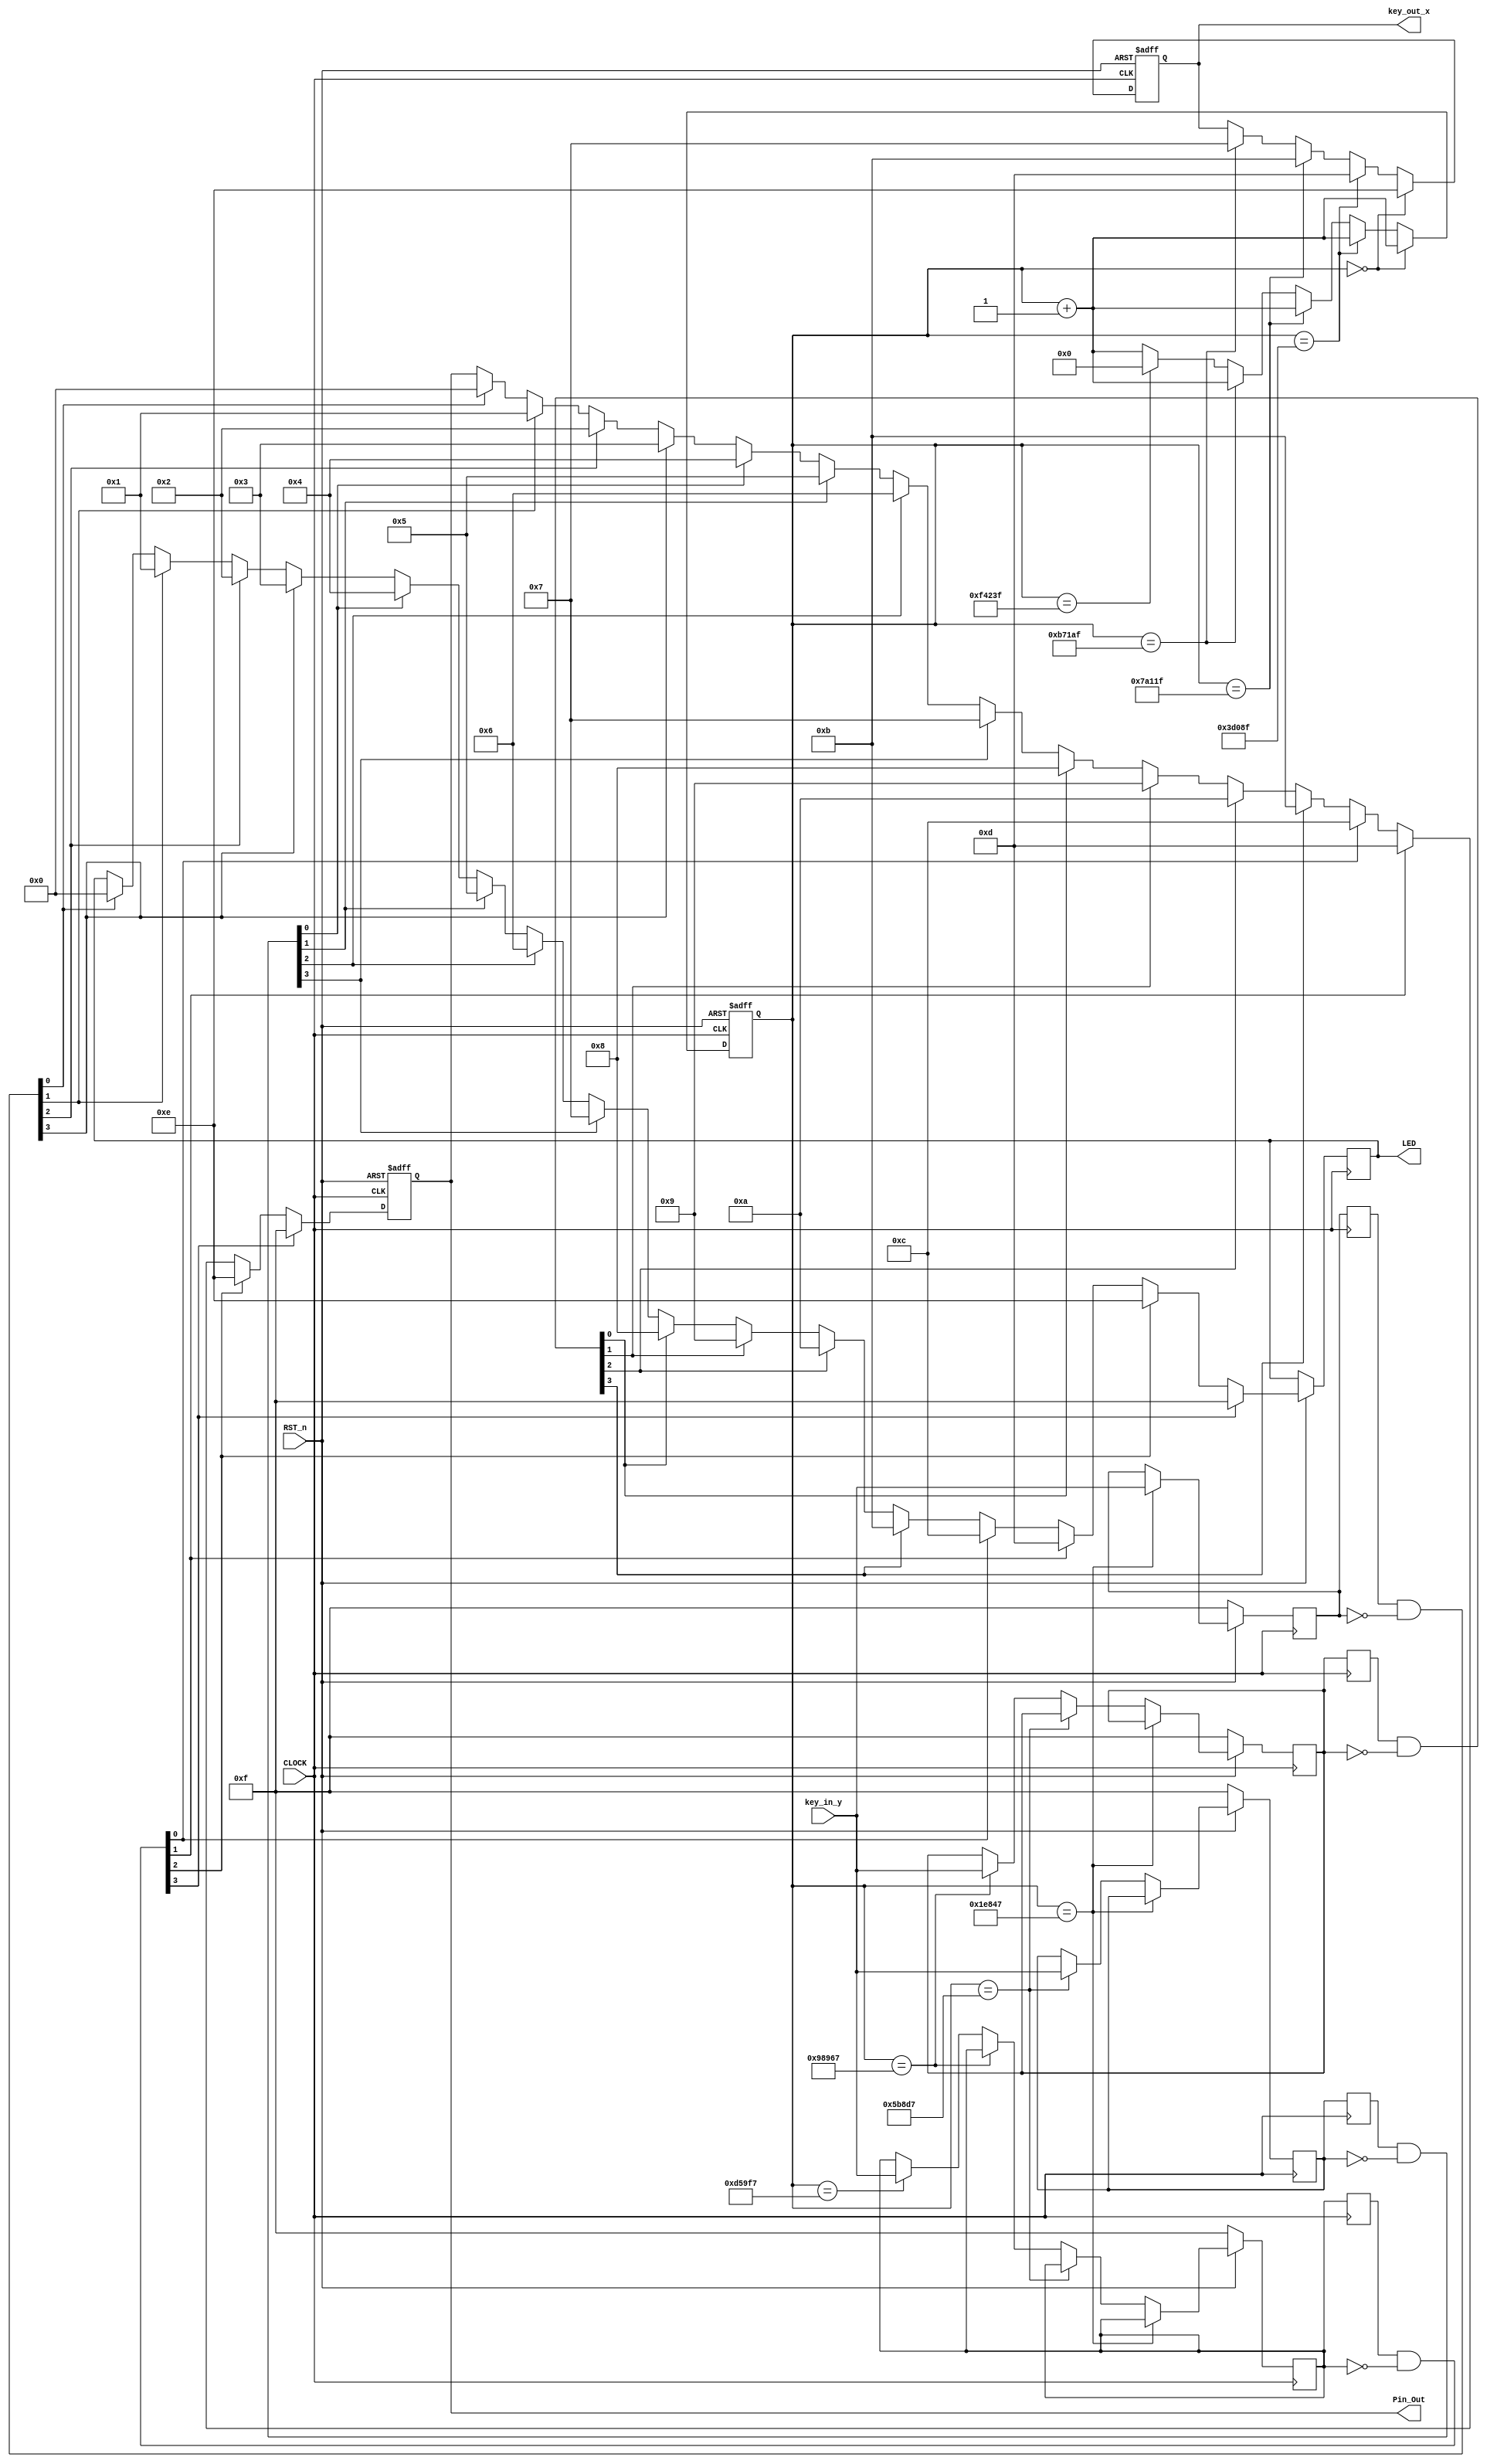
//****************************************************************************//
//# @Author: 
//# @Date:   2019-06-09 03:52:48
//# @Last Modified by:   zlk
//# @WeChat Official Account: OpenFPGA
//# @Last Modified time: 2019-08-26 22:06:43
//# Description: 
//# @Modification History: 2019-06-10 19:40:30
//# Date			    By			   Version			   Change Description: 
//# ========================================================================= #
//# 2019-06-10 19:40:30
//# ========================================================================= #
//# |                                          								| #
//# |                                OpenFPGA     							| #
//****************************************************************************//
`timescale 1ns / 1ps
module key4x4funcmod_module 
(
   CLOCK, 
	RST_n,            // 
	key_in_y,         // (KEY0~KEY3)
	key_out_x,        // (KEY4~KEY7)	
   LED,	
	Pin_Out           // LED,16LED(LED1~LED16)
	
);

//========================================================
// PORT declarations
//========================================================						
input        CLOCK; 
input        RST_n;
input  [3:0] key_in_y;
output reg [3:0] key_out_x;
output [3:0] Pin_Out;
output reg[3:0] LED;

//
reg [19:0] count;

//==============================================
// 20ms,
//==============================================
always @(posedge CLOCK or negedge RST_n)     //
begin
   if(!RST_n) begin               //
      count <= 20'd0;        //0
      key_out_x <= 4'b1111;  
   end		
   else begin
	       if(count == 20'd0)           //0ms
            begin
               key_out_x <= 4'b1110;   //,0
					count <= count + 20'b1; //1
            end
         else if(count == 20'd249_999) //5ms,5ms(50M/200-1=249_999)
            begin
               key_out_x <= 4'b1101;   //,0
					count <= count + 20'b1; //1
            end				
			else if(count ==20'd499_999)   //10ms,10ms(50M/100-1=499_999)
            begin
               key_out_x <= 4'b1011;   //,0
					count <= count + 20'b1; //1
            end	
			else if(count ==20'd749_999)   //15ms,15ms(50M/67.7-1=749_999)
            begin
               key_out_x <= 4'b0111;   //,0
					count <= count + 20'b1; //1
            end				
         else if(count ==20'd999_999)  //20ms(50M/50-1=999_999)
			   begin
               count <= 0;             //0
            end	
	      else
				count <= count + 20'b1;    //1
			
     end
end
//====================================================
// 
//====================================================
reg [3:0] key_h1_scan;    //KEY
reg [3:0] key_h1_scan_r;  //KEY
reg [3:0] key_h2_scan;    //KEY
reg [3:0] key_h2_scan_r;  //KEY
reg [3:0] key_h3_scan;    //KEY
reg [3:0] key_h3_scan_r;  //KEY
reg [3:0] key_h4_scan;    //KEY
reg [3:0] key_h4_scan_r;  //KEY
always @(posedge CLOCK)
	begin
		if(!RST_n) begin               //
			key_h1_scan <= 4'b1111;     
			key_h2_scan <= 4'b1111;          
			key_h3_scan <= 4'b1111;          
			key_h4_scan <= 4'b1111;        
		end		
		else begin
		  if(count == 20'd124_999)           //2.5ms
			   key_h1_scan<=key_in_y;         //
		  else if(count == 20'd374_999)      //7.5ms
			   key_h2_scan<=key_in_y;         //
		  else if(count == 20'd624_999)      //12.5ms
			   key_h3_scan<=key_in_y;         //
		  else if(count == 20'd874_999)      //17.5ms
			   key_h4_scan<=key_in_y;         // 
		end
end

//====================================================
// 
//====================================================
always @(posedge CLOCK)
   begin
		 key_h1_scan_r <= key_h1_scan;   	
		 key_h2_scan_r <= key_h2_scan; 
		 key_h3_scan_r <= key_h3_scan; 
		 key_h4_scan_r <= key_h4_scan;  
	end 
   
wire [3:0] flag_h1_key = key_h1_scan_r[3:0] & (~key_h1_scan[3:0]);  // 
wire [3:0] flag_h2_key = key_h2_scan_r[3:0] & (~key_h2_scan[3:0]);  // 
wire [3:0] flag_h3_key = key_h3_scan_r[3:0] & (~key_h3_scan[3:0]);  // 
wire [3:0] flag_h4_key = key_h4_scan_r[3:0] & (~key_h4_scan[3:0]);  // 
//=====================================================
// 
//=====================================================
reg [3:0] rPin_Out;
always @ (posedge CLOCK or negedge RST_n)      //
begin
    if (!RST_n)                 //
         rPin_Out <= 4'd0;     //
    else
         begin            
             if ( flag_h1_key[0] ) begin LED<=4'b0000;rPin_Out <= 4'd0;  end  //KEY1LED1
             if ( flag_h1_key[1] ) begin LED<=4'b0001;rPin_Out <= 4'd1; end   //KEY2LED2
             if ( flag_h1_key[2] ) begin LED<=4'b0010;rPin_Out <= 4'd2;  end  //KEY3LED3
             if ( flag_h1_key[3] ) begin LED<=4'b0011;rPin_Out <= 4'd3;  end  //KEY4LED4
			 
			 if ( flag_h2_key[0] ) begin LED<=4'b0100;rPin_Out <= 4'd4; end   //KEY5LED5
             if ( flag_h2_key[1] ) begin LED<=4'b0101;rPin_Out <= 4'd5;  end  //KEY6LED6
             if ( flag_h2_key[2] ) begin LED<=4'b0110;rPin_Out <= 4'd6;  end  //KEY7LED7
             if ( flag_h2_key[3] ) begin LED<=4'b0111;rPin_Out <= 4'd7;  end  //KEY8LED8
			 
			 if ( flag_h3_key[0] ) begin LED<=4'b1000;rPin_Out <= 4'd8;  end  //KEY9LED9
             if ( flag_h3_key[1] ) begin LED<=4'b1001; rPin_Out <= 4'd9;  end  //KEY10LED10
             if ( flag_h3_key[2] ) begin LED<=4'b1010;rPin_Out <= 4'd10; end   //KEY11LED11
             if ( flag_h3_key[3] ) begin LED<=4'b1011;rPin_Out <= 4'd11; end   //KEY12LED12
			
			 if ( flag_h4_key[0] ) begin LED<=4'b1100;rPin_Out <= 4'd12;   end //KEY13LED13
             if ( flag_h4_key[1] ) begin LED<=4'b1101;rPin_Out <= 4'd13;  end  //KEY14LED14
             if ( flag_h4_key[2] ) begin LED<=4'b1110;rPin_Out <= 4'd14;  end  //KEY15LED15
             if ( flag_h4_key[3] ) begin LED<=4'b1111;rPin_Out <= 4'd15; end   //KEY16LED16
         end
end
//====================================================
// 
//====================================================
 
assign Pin_Out = rPin_Out;
           
endmodule